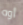
أوه